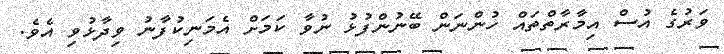
ވަރުގެ އުސް އިމާރާތްތައް ހުންނަން ބޭނުންފުޅު ނުވާ ކަމަށް އެމަނިކުފާނު ވިދާޅުވި އެވެ.